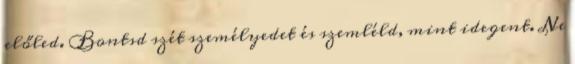
előled. Bontsd szét személyedet és szemléld, mint idegent. Ne